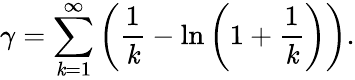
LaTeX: \gamma=\sum_{\mathit{k}=1}^{\infty}\left({\frac{{1}}{{\mathit{k}}}}-\ln\left(1+{\frac{{1}}{{\mathit{k}}}}\right)\right).